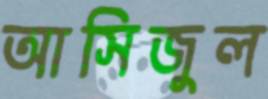
আসিজুল